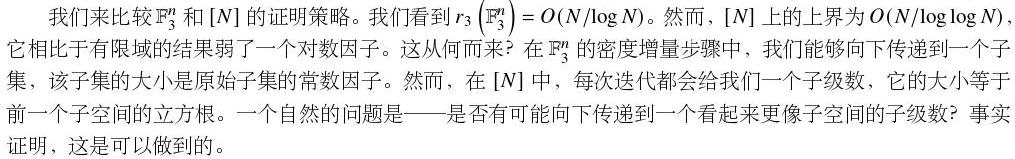
我们来比较$\mathbb{F}_3^n$和$[N]$的证明策略。我们看到$r_3(\mathbb{F}_3^n)=O(N/\log N)$。然而，$[N]$上的上界为$O(N/\log\log N)$，它相比于有限域的结果弱了一个对数因子。这从何而来？在$\mathbb{F}_3^n$的密度增量步骤中，我们能够向下传递到一个子集，该子集的大小是原始子集的常数因子。然而，在$[N]$中，每次迭代都会给我们一个子级数，它的大小等于前一个子空间的立方根。一个自然的问题是——是否有可能向下传递到一个看起来更像子空间的子级数？事实证明，这是可以做到的。